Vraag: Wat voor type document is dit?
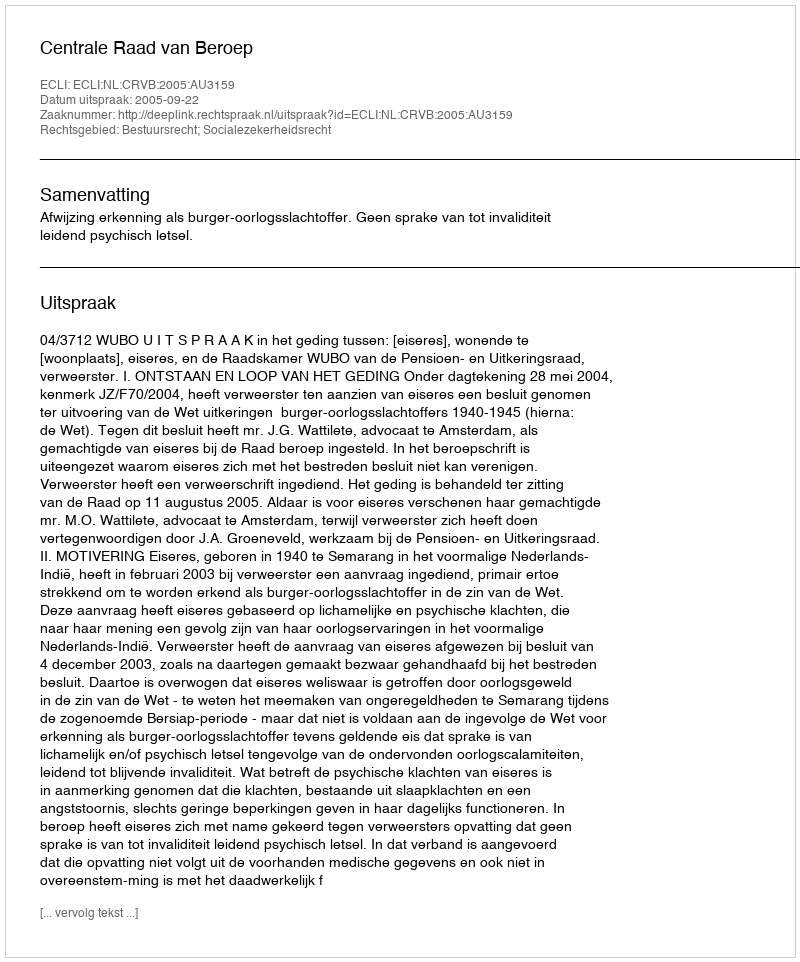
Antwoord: Uitspraak